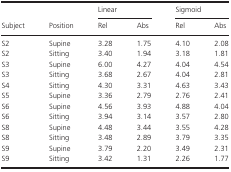
|  |  | <COLSPAN=2> Linear | <COLSPAN=2> Sigmoid |
 | Subject | Position | Rel | Abs | Rel | Abs |
 | --- | --- | --- | --- | --- | --- |
 | S2 | Supine | 3.28 | 1.75 | 4.10 | 2.08 |
 | S2 | Sitting | 3.40 | 1.94 | 3.18 | 1.81 |
 | S3 | Supine | 6.00 | 4.27 | 4.04 | 4.54 |
 | S3 | Sitting | 3.68 | 2.67 | 4.04 | 2.81 |
 | S4 | Sitting | 4.30 | 3.31 | 4.63 | 3.43 |
 | S5 | Supine | 3.36 | 2.79 | 2.76 | 2.41 |
 | S6 | Supine | 4.56 | 3.93 | 4.88 | 4.04 |
 | S6 | Sitting | 3.94 | 3.14 | 3.57 | 2.80 |
 | S8 | Supine | 4.48 | 3.44 | 3.55 | 4.28 |
 | S8 | Sitting | 3.48 | 2.89 | 3.79 | 3.35 |
 | S9 | Supine | 3.79 | 2.20 | 3.49 | 2.31 |
 | S9 | Sitting | 3.42 | 1.31 | 2.26 | 1.77 |